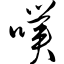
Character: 噗